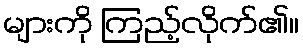
များကို ကြည့်လိုက်၏။